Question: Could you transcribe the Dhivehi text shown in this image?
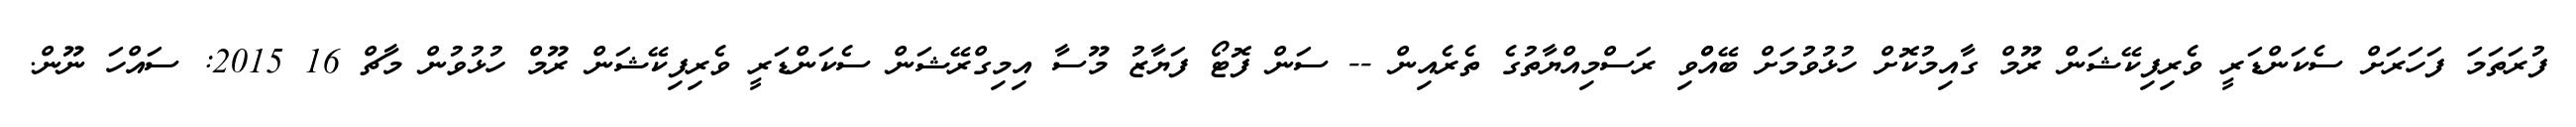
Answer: ފުރަތަމަ ފަހަރަށް ސެކަންޑަރީ ވެރިފިކޭޝަން ރޫމް ގާއިމުކޮށް ހުޅުވުމަށް ބޭއްްވި ރަސްމިއްޔާތުގެ ތެރެއިން -- ސަން ފޮޓޯ ފަޔާޒު މޫސާ އިމިގްރޭޝަން ސެކަންޑަރީ ވެރިފިކޭޝަން ރޫމް ހުޅުވުން މާޗް 16 2015: ސައްހަ ނޫން.